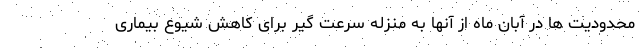
محدودیت ها در آبان ماه از آنها به منزله سرعت گیر برای کاهش شیوع بیماری